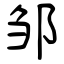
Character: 邹